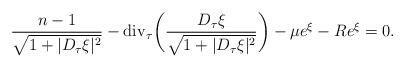
LaTeX: \begin{align*}\frac {n-1} {\sqrt{1+|D_\tau \xi|^2}} -{\rm div}_\tau \bigg(\frac{D_\tau \xi}{\sqrt{1+|D_\tau \xi|^2}}\bigg) -\mu e^{\xi}- R e^{\xi}=0.\end{align*}